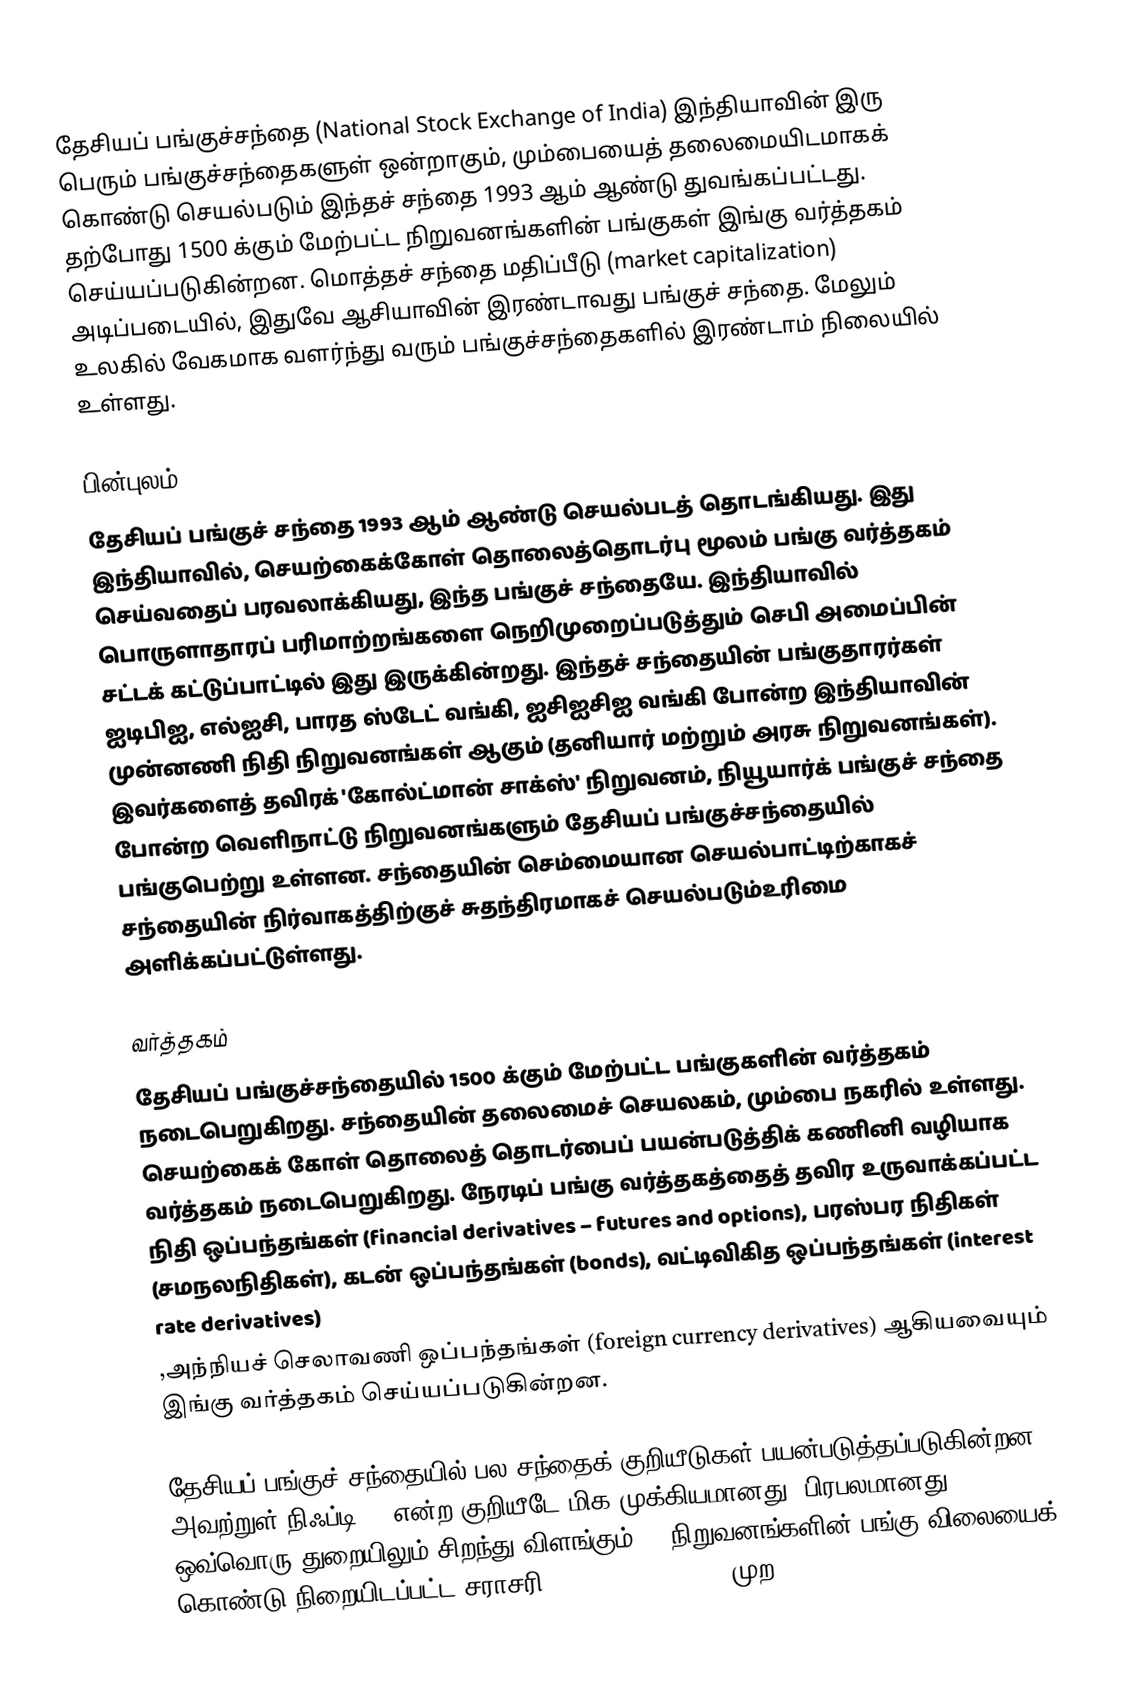
தேசியப் பங்குச்சந்தை (National Stock Exchange of India) இந்தியாவின் இரு பெரும் பங்குச்சந்தைகளுள் ஒன்றாகும், மும்பையைத் தலைமையிடமாகக் கொண்டு செயல்படும் இந்தச் சந்தை 1993 ஆம் ஆண்டு துவங்கப்பட்டது. தற்போது 1500 க்கும் மேற்பட்ட நிறுவனங்களின் பங்குகள் இங்கு வர்த்தகம் செய்யப்படுகின்றன. மொத்தச் சந்தை மதிப்பீடு (market capitalization) அடிப்படையில், இதுவே ஆசியாவின் இரண்டாவது பங்குச் சந்தை. மேலும் உலகில் வேகமாக வளர்ந்து வரும் பங்குச்சந்தைகளில் இரண்டாம் நிலையில் உள்ளது.

பின்புலம்
தேசியப் பங்குச் சந்தை 1993 ஆம் ஆண்டு செயல்படத் தொடங்கியது. இது இந்தியாவில், செயற்கைக்கோள் தொலைத்தொடர்பு மூலம் பங்கு வர்த்தகம் செய்வதைப் பரவலாக்கியது, இந்த பங்குச் சந்தையே. இந்தியாவில் பொருளாதாரப் பரிமாற்றங்களை நெறிமுறைப்படுத்தும் செபி அமைப்பின் சட்டக் கட்டுப்பாட்டில் இது இருக்கின்றது. இந்தச் சந்தையின் பங்குதாரர்கள் ஐடிபிஐ, எல்ஐசி, பாரத ஸ்டேட் வங்கி, ஐசிஐசிஐ வங்கி போன்ற இந்தியாவின் முன்னணி நிதி நிறுவனங்கள் ஆகும் (தனியார் மற்றும் அரசு நிறுவனங்கள்). இவர்களைத் தவிரக் 'கோல்ட்மான் சாக்ஸ்' நிறுவனம், நியூயார்க் பங்குச் சந்தை போன்ற வெளிநாட்டு நிறுவனங்களும் தேசியப் பங்குச்சந்தையில் பங்குபெற்று உள்ளன. சந்தையின் செம்மையான செயல்பாட்டிற்காகச் சந்தையின் நிர்வாகத்திற்குச் சுதந்திரமாகச் செயல்படும்உரிமை அளிக்கப்பட்டுள்ளது.

வர்த்தகம்
தேசியப் பங்குச்சந்தையில் 1500 க்கும் மேற்பட்ட பங்குகளின் வர்த்தகம் நடைபெறுகிறது. சந்தையின் தலைமைச் செயலகம், மும்பை நகரில் உள்ளது. செயற்கைக் கோள் தொலைத் தொடர்பைப் பயன்படுத்திக் கணினி வழியாக வர்த்தகம் நடைபெறுகிறது. நேரடிப் பங்கு வர்த்தகத்தைத் தவிர உருவாக்கப்பட்ட நிதி ஒப்பந்தங்கள் (financial derivatives – futures and options), பரஸ்பர நிதிகள் (சமநலநிதிகள்), கடன் ஒப்பந்தங்கள் (bonds), வட்டிவிகித ஒப்பந்தங்கள் (interest rate derivatives)
,அந்நியச் செலாவணி ஒப்பந்தங்கள் (foreign currency derivatives) ஆகியவையும் இங்கு வர்த்தகம் செய்யப்படுகின்றன.

தேசியப் பங்குச் சந்தையில் பல சந்தைக் குறியீடுகள் பயன்படுத்தப்படுகின்றன. அவற்றுள் நிஃப்டி 50 என்ற குறியீடே மிக முக்கியமானது, பிரபலமானது.  ஒவ்வொரு துறையிலும் சிறந்து விளங்கும் 50 நிறுவனங்களின் பங்கு விலையைக் கொண்டு நிறையிடப்பட்ட சராசரி (weighted average) முற